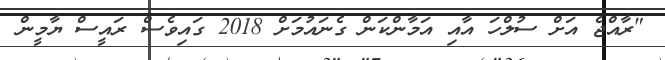
"ރާއްޖެ އަށް ސުލްހަ އާއި އަމާންކަން ގެނައުމަށް 2018 ގައިވެސް ރައީސް ޔާމީން